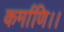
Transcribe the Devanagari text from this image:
कर्माणि।।